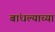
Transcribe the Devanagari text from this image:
बांधल्याच्या